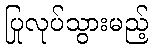
ပြုလုပ်သွားမည့်